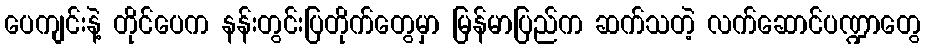
ပေကျင်းနဲ့ တိုင်ပေက နန်းတွင်းပြတိုက်တွေမှာ မြန်မာပြည်က ဆက်သတဲ့ လက်ဆောင်ပဏ္ဍာတွေ